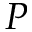
\boldsymbol { P }